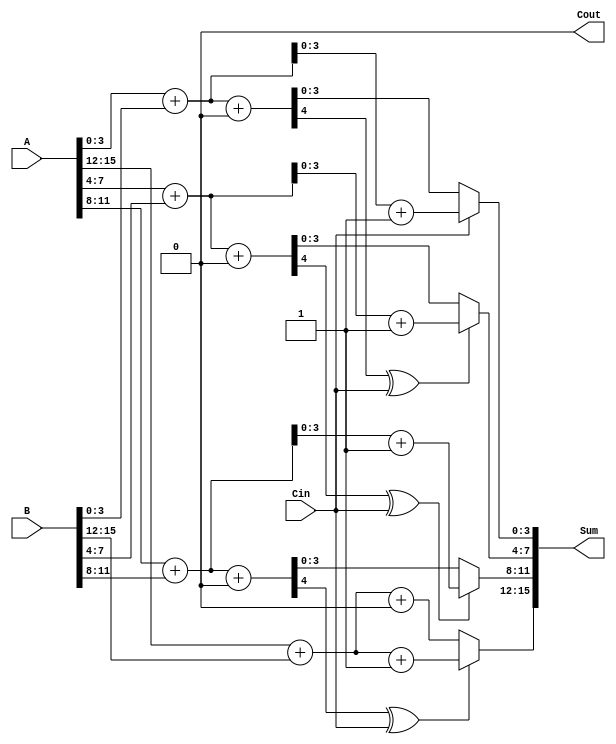
module CarrySelectAdder #(parameter N = 16) (
    input [N-1:0] A,      // First n-bit input
    input [N-1:0] B,      // Second n-bit input
    input Cin,            // Carry-in for the least significant bit
    output [N-1:0] Sum,   // n-bit sum output
    output Cout           // Carry-out
);

    localparam BLOCK_SIZE = 4; // Size of each block
    localparam NUM_BLOCKS = N / BLOCK_SIZE; // Number of blocks

    // Intermediate signals
    wire [BLOCK_SIZE-1:0] S0 [0:NUM_BLOCKS-1]; // Sum when carry-in is 0
    wire [BLOCK_SIZE-1:0] S1 [0:NUM_BLOCKS-1]; // Sum when carry-in is 1
    wire Cout0 [0:NUM_BLOCKS-1]; // Carry-out when carry-in is 0
    wire Cout1 [0:NUM_BLOCKS-1]; // Carry-out when carry-in is 1
    wire carry [0:NUM_BLOCKS-1]; // Carry for MUX selection

    // Generate blocks
    genvar i;
    generate
        for (i = 0; i < NUM_BLOCKS; i = i + 1) begin : block
            // Calculate sum and carry for both cases
            assign {Cout0[i], S0[i]} = A[i*BLOCK_SIZE +: BLOCK_SIZE] + B[i*BLOCK_SIZE +: BLOCK_SIZE] + 1'b0;
            assign {Cout1[i], S1[i]} = A[i*BLOCK_SIZE +: BLOCK_SIZE] + B[i*BLOCK_SIZE +: BLOCK_SIZE] + 1'b1;

            // Carry for the next block
            if (i > 0) begin
                assign carry[i] = Cout0[i-1] ^ Cin; // Carry selection based on previous block's Cout
            end else begin
                assign carry[i] = Cin; // For the first block, use the input Cin
            end
        end
    endgenerate

    // MUX selection for sum and carry-out
    generate
        for (i = 0; i < NUM_BLOCKS; i = i + 1) begin : mux
            assign Sum[i*BLOCK_SIZE +: BLOCK_SIZE] = carry[i] ? S1[i] : S0[i];
            assign Cout = (i == NUM_BLOCKS - 1) ? (carry[i] ? Cout1[i] : Cout0[i]) : 1'b0;
        end
    endgenerate

endmodule